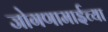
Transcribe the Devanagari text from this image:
जोगणामाईच्या